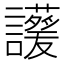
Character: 𧮁